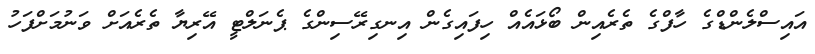
އައިސްލެންޑްގެ ހާފްގެ ތެރެއިން ބޯޅައެއް ހިފައިގެން އިނގިރޭސިންގެ ޕެނަލްޓީ އޭރިޔާ ތެރެއަށް ވަނުމަށްފަހު